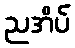
ညအိပ်